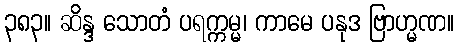
၃၈၃။ ဆိန္ဒ သောတံ ပရက္ကမ္မ၊ ကာမေ ပနုဒ ဗြာဟ္မဏ။